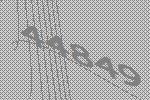
44849